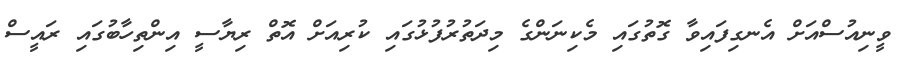
ވީނިއުސްއަށް އެނގިފައިވާ ގޮތުގައި މެކިނަންގެ މިދަތުރުފުޅުގައި ކުރިއަށް އޮތް ރިޔާސީ އިންތިހާބުގައި ރައީސް